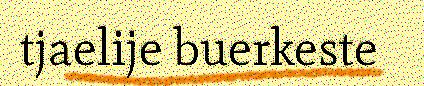
tjaelije buerkeste